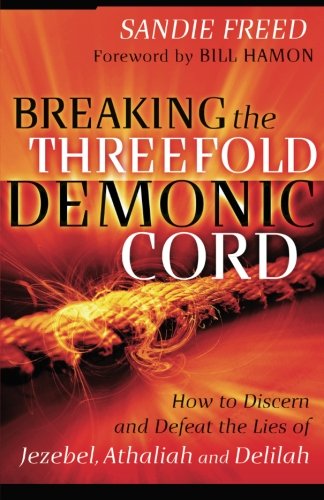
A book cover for Breaking the Threefold Demonic Cord: How to Discern and Defeat the Lies of Jezebel, Athaliah and Delilah; Sandie Freed; Christian Books & Bibles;